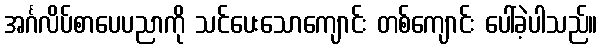
အင်္ဂလိပ်စာပေပညာကို သင်ပေးသောကျောင်း တစ်ကျောင်း ပေါ်ခဲ့ပါသည်။